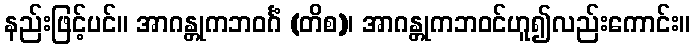
နည်းဖြင့်ပင်။ အာဂန္တုကဘဝင်္ဂံ (တိစ)၊ အာဂန္တုကဘဝင်ဟူ၍လည်းကောင်း။